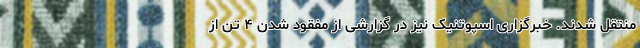
منتقل شدند. خبرگزاری اسپوتنیک نیز در گزارشی از مفقود شدن ۴ تن از